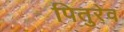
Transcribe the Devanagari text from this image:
पितुरेव